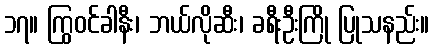
၁၇။ ကြွဝင်ခါနီး၊ ဘယ်လိုဆီး၊ ခရီးဦးကြို ပြုသနည်း။